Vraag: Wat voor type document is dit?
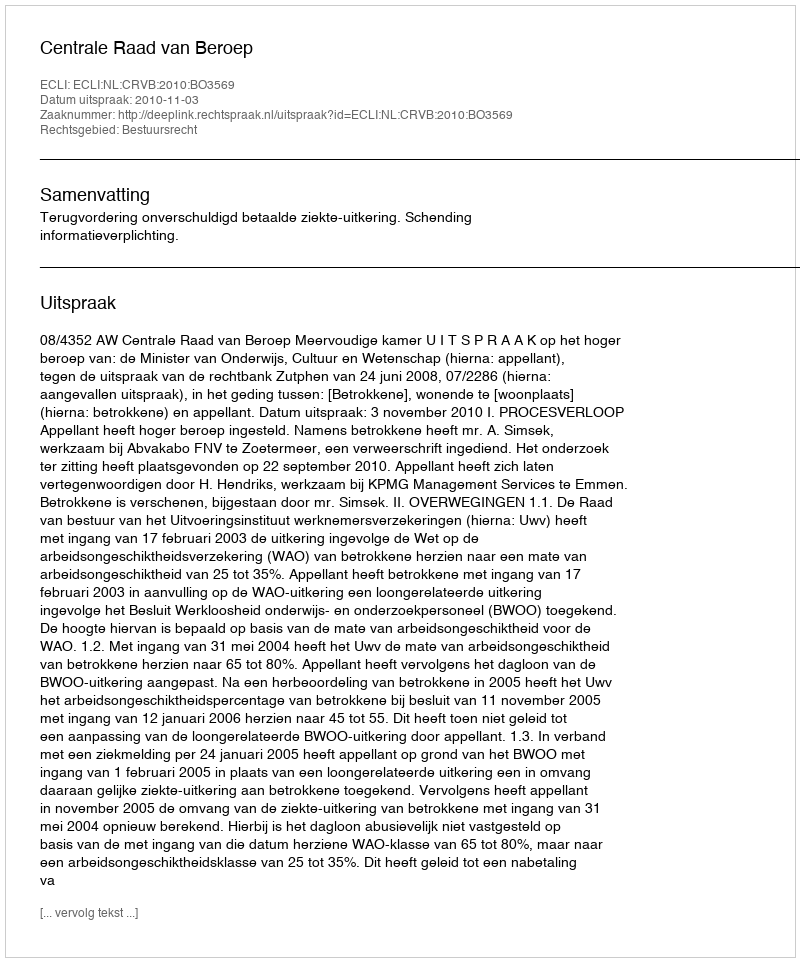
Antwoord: Uitspraak